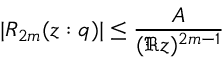
| R _ { 2 m } ( z : q ) | \leq \frac { A } { ( \Re z ) ^ { 2 m - 1 } }